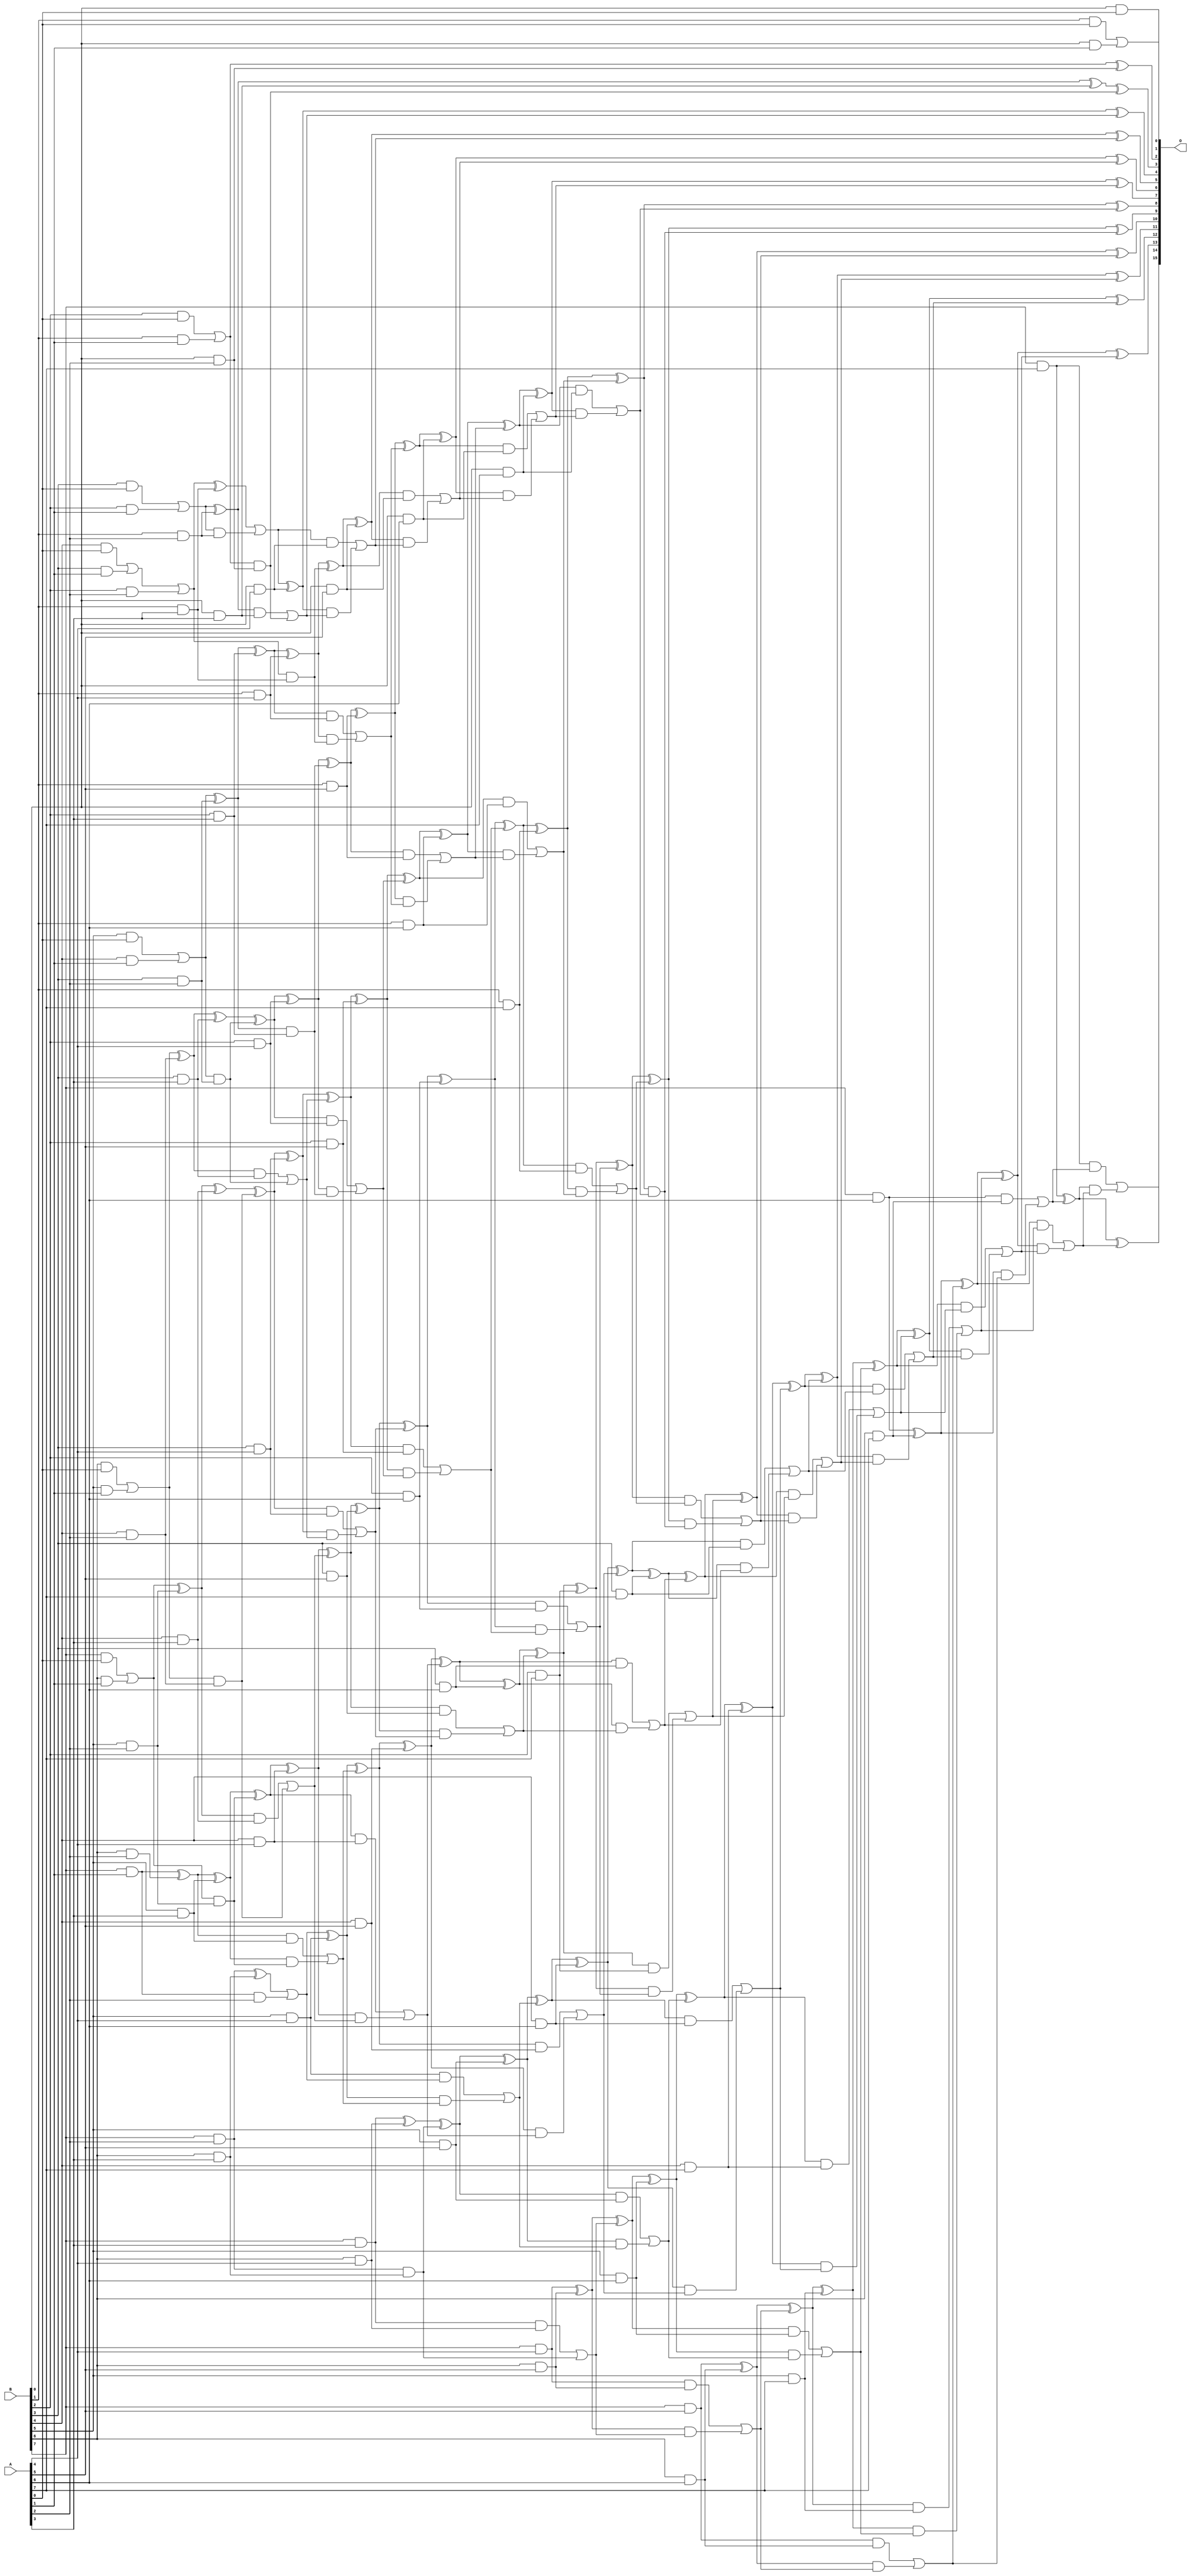
/***
* This code is a part of EvoApproxLib library (ehw.fit.vutbr.cz/approxlib) distributed under The MIT License.
* When used, please cite the following article(s): V. Mrazek, R. Hrbacek, Z. Vasicek and L. Sekanina, "EvoApprox8b: Library of approximate adders and multipliers for circuit design and benchmarking of approximation methods". Design, Automation & Test in Europe Conference & Exhibition (DATE), 2017, Lausanne, 2017, pp. 258-261. doi: 10.23919/DATE.2017.7926993 
* This file contains a circuit from a sub-set of pareto optimal circuits with respect to the pwr and ep parameters
***/
// MAE% = 0.057 %
// MAE = 37 
// WCE% = 1.14 %
// WCE = 748 
// WCRE% = 64.00 %
// EP% = 29.93 %
// MRE% = 0.51 %
// MSE = 12684 
// PDK45_PWR = 0.356 mW
// PDK45_AREA = 632.6 um2
// PDK45_DELAY = 1.38 ns

module mul8u_GS2 (
    A,
    B,
    O
);

input [7:0] A;
input [7:0] B;
output [15:0] O;

wire sig_16,sig_17,sig_18,sig_19,sig_20,sig_21,sig_22,sig_23,sig_24,sig_25,sig_26,sig_27,sig_28,sig_29,sig_30,sig_31,sig_32,sig_34,sig_36,sig_38;
wire sig_40,sig_42,sig_44,sig_46,sig_47,sig_48,sig_49,sig_50,sig_51,sig_52,sig_53,sig_54,sig_55,sig_59,sig_60,sig_64,sig_69,sig_70,sig_74,sig_75;
wire sig_79,sig_80,sig_84,sig_85,sig_89,sig_90,sig_91,sig_92,sig_93,sig_94,sig_95,sig_96,sig_97,sig_98,sig_100,sig_101,sig_102,sig_103,sig_105,sig_107;
wire sig_108,sig_112,sig_113,sig_115,sig_116,sig_117,sig_118,sig_120,sig_121,sig_122,sig_123,sig_124,sig_125,sig_126,sig_127,sig_128,sig_130,sig_132,sig_133,sig_134;
wire sig_135,sig_136,sig_137,sig_138,sig_139,sig_140,sig_141,sig_142,sig_143,sig_144,sig_145,sig_146,sig_147,sig_148,sig_149,sig_150,sig_151,sig_152,sig_153,sig_154;
wire sig_155,sig_156,sig_157,sig_158,sig_159,sig_160,sig_161,sig_162,sig_163,sig_164,sig_165,sig_166,sig_167,sig_168,sig_169,sig_170,sig_171,sig_173,sig_174,sig_175;
wire sig_176,sig_177,sig_178,sig_179,sig_180,sig_181,sig_182,sig_183,sig_184,sig_185,sig_186,sig_187,sig_188,sig_189,sig_190,sig_191,sig_192,sig_193,sig_194,sig_195;
wire sig_196,sig_197,sig_198,sig_199,sig_200,sig_201,sig_202,sig_203,sig_204,sig_205,sig_206,sig_207,sig_208,sig_209,sig_210,sig_211,sig_212,sig_213,sig_214,sig_215;
wire sig_216,sig_217,sig_218,sig_219,sig_220,sig_221,sig_222,sig_223,sig_224,sig_225,sig_226,sig_227,sig_228,sig_229,sig_230,sig_231,sig_232,sig_233,sig_234,sig_235;
wire sig_236,sig_237,sig_238,sig_239,sig_240,sig_241,sig_242,sig_243,sig_244,sig_245,sig_246,sig_247,sig_248,sig_249,sig_250,sig_251,sig_252,sig_253,sig_254,sig_255;
wire sig_256,sig_257,sig_258,sig_259,sig_260,sig_261,sig_262,sig_263,sig_264,sig_265,sig_266,sig_267,sig_268,sig_269,sig_270,sig_271,sig_272,sig_273,sig_274,sig_275;
wire sig_276,sig_277,sig_278,sig_279,sig_280,sig_281,sig_282,sig_283,sig_284,sig_285,sig_286,sig_287,sig_288,sig_289,sig_290,sig_291,sig_292,sig_293,sig_294,sig_295;
wire sig_296,sig_297,sig_298,sig_299,sig_300,sig_301,sig_302,sig_303,sig_304,sig_305,sig_306,sig_307,sig_308,sig_309,sig_310,sig_311,sig_312,sig_313,sig_314,sig_315;
wire sig_316,sig_317,sig_318,sig_319,sig_320,sig_321,sig_322,sig_323,sig_324,sig_325,sig_326,sig_327,sig_328,sig_329,sig_330,sig_331,sig_332,sig_333,sig_334,sig_335;

assign sig_16 = B[0] & A[0];
assign sig_17 = B[1] & A[0];
assign sig_18 = B[2] & A[0];
assign sig_19 = B[3] & A[0];
assign sig_20 = B[4] & A[0];
assign sig_21 = B[5] & A[0];
assign sig_22 = B[6] & A[0];
assign sig_23 = B[7] & A[0];
assign sig_24 = B[0] & A[1];
assign sig_25 = B[1] & A[1];
assign sig_26 = B[2] & A[1];
assign sig_27 = B[3] & A[1];
assign sig_28 = B[4] & A[1];
assign sig_29 = B[5] & A[1];
assign sig_30 = B[6] & A[1];
assign sig_31 = B[7] & A[1];
assign sig_32 = sig_17 | sig_24;
assign sig_34 = sig_18 | sig_25;
assign sig_36 = sig_19 | sig_26;
assign sig_38 = sig_20 | sig_27;
assign sig_40 = sig_21 | sig_28;
assign sig_42 = sig_22 | sig_29;
assign sig_44 = sig_23 | sig_30;
assign sig_46 = B[0] & A[2];
assign sig_47 = B[1] & A[2];
assign sig_48 = B[2] & A[2];
assign sig_49 = B[3] & A[2];
assign sig_50 = B[4] & A[2];
assign sig_51 = B[5] & A[2];
assign sig_52 = B[6] & A[2];
assign sig_53 = B[7] & A[2];
assign sig_54 = sig_34 ^ sig_46;
assign sig_55 = sig_34 & sig_46;
assign sig_59 = sig_36 ^ sig_47;
assign sig_60 = sig_36 & sig_47;
assign sig_64 = sig_38 | sig_48;
assign sig_69 = sig_40 ^ sig_49;
assign sig_70 = sig_40 & sig_49;
assign sig_74 = sig_42 ^ sig_50;
assign sig_75 = sig_42 & sig_50;
assign sig_79 = sig_44 ^ sig_51;
assign sig_80 = sig_44 & sig_51;
assign sig_84 = sig_31 ^ sig_52;
assign sig_85 = sig_31 & A[2];
assign sig_89 = B[0] & A[3];
assign sig_90 = B[1] & A[3];
assign sig_91 = B[2] & A[3];
assign sig_92 = B[3] & A[3];
assign sig_93 = B[4] & A[3];
assign sig_94 = B[5] & A[3];
assign sig_95 = B[6] & A[3];
assign sig_96 = B[7] & A[3];
assign sig_97 = sig_59 ^ sig_89;
assign sig_98 = sig_59 & sig_89;
assign sig_100 = sig_97 ^ sig_55;
assign sig_101 = sig_98 | sig_55;
assign sig_102 = sig_64 ^ sig_90;
assign sig_103 = sig_64 & sig_90;
assign sig_105 = sig_102 | sig_60;
assign sig_107 = sig_69 ^ sig_91;
assign sig_108 = sig_69 & sig_91;
assign sig_112 = sig_74 ^ sig_92;
assign sig_113 = sig_74 & sig_92;
assign sig_115 = sig_112 ^ sig_70;
assign sig_116 = sig_113 | sig_70;
assign sig_117 = sig_79 ^ sig_93;
assign sig_118 = sig_79 & sig_93;
assign sig_120 = sig_117 ^ sig_75;
assign sig_121 = sig_118 | sig_75;
assign sig_122 = sig_84 ^ sig_94;
assign sig_123 = sig_84 & sig_94;
assign sig_124 = sig_122 & sig_80;
assign sig_125 = sig_122 ^ sig_80;
assign sig_126 = sig_123 | sig_124;
assign sig_127 = sig_53 ^ sig_95;
assign sig_128 = sig_53 & sig_95;
assign sig_130 = sig_127 | sig_85;
assign sig_132 = B[0] & A[4];
assign sig_133 = B[1] & A[4];
assign sig_134 = B[2] & A[4];
assign sig_135 = B[3] & A[4];
assign sig_136 = B[4] & A[4];
assign sig_137 = B[5] & A[4];
assign sig_138 = B[6] & A[4];
assign sig_139 = B[7] & A[4];
assign sig_140 = sig_105 ^ sig_132;
assign sig_141 = sig_105 & sig_132;
assign sig_142 = sig_140 & sig_101;
assign sig_143 = sig_140 ^ sig_101;
assign sig_144 = sig_141 | sig_142;
assign sig_145 = sig_107 ^ sig_133;
assign sig_146 = sig_107 & sig_133;
assign sig_147 = sig_145 & sig_103;
assign sig_148 = sig_145 ^ sig_103;
assign sig_149 = sig_146 | sig_147;
assign sig_150 = sig_115 ^ sig_134;
assign sig_151 = sig_115 & sig_134;
assign sig_152 = sig_150 & sig_108;
assign sig_153 = sig_150 ^ sig_108;
assign sig_154 = sig_151 | sig_152;
assign sig_155 = sig_120 ^ sig_135;
assign sig_156 = sig_120 & sig_135;
assign sig_157 = sig_155 & sig_116;
assign sig_158 = sig_155 ^ sig_116;
assign sig_159 = sig_156 | sig_157;
assign sig_160 = sig_125 ^ sig_136;
assign sig_161 = sig_125 & sig_136;
assign sig_162 = sig_160 & sig_121;
assign sig_163 = sig_160 ^ sig_121;
assign sig_164 = sig_161 | sig_162;
assign sig_165 = sig_130 ^ sig_137;
assign sig_166 = sig_137 & sig_130;
assign sig_167 = sig_165 & sig_126;
assign sig_168 = sig_165 ^ sig_126;
assign sig_169 = sig_166 | sig_167;
assign sig_170 = sig_96 ^ sig_138;
assign sig_171 = sig_96 & sig_138;
assign sig_173 = sig_170 ^ sig_128;
assign sig_174 = sig_171 | sig_128;
assign sig_175 = B[0] & A[5];
assign sig_176 = B[1] & A[5];
assign sig_177 = B[2] & A[5];
assign sig_178 = B[3] & A[5];
assign sig_179 = B[4] & A[5];
assign sig_180 = B[5] & A[5];
assign sig_181 = B[6] & A[5];
assign sig_182 = B[7] & A[5];
assign sig_183 = sig_148 ^ sig_175;
assign sig_184 = sig_148 & sig_175;
assign sig_185 = sig_183 & sig_144;
assign sig_186 = sig_183 ^ sig_144;
assign sig_187 = sig_184 | sig_185;
assign sig_188 = sig_153 ^ sig_176;
assign sig_189 = sig_153 & sig_176;
assign sig_190 = sig_188 & sig_149;
assign sig_191 = sig_188 ^ sig_149;
assign sig_192 = sig_189 | sig_190;
assign sig_193 = sig_158 ^ sig_177;
assign sig_194 = sig_158 & sig_177;
assign sig_195 = sig_193 & sig_154;
assign sig_196 = sig_193 ^ sig_154;
assign sig_197 = sig_194 | sig_195;
assign sig_198 = sig_163 ^ sig_178;
assign sig_199 = sig_163 & sig_178;
assign sig_200 = sig_198 & sig_159;
assign sig_201 = sig_198 ^ sig_159;
assign sig_202 = sig_199 | sig_200;
assign sig_203 = sig_168 ^ sig_179;
assign sig_204 = sig_168 & sig_179;
assign sig_205 = sig_203 & sig_164;
assign sig_206 = sig_203 ^ sig_164;
assign sig_207 = sig_204 | sig_205;
assign sig_208 = sig_173 ^ sig_180;
assign sig_209 = sig_173 & sig_180;
assign sig_210 = sig_208 & sig_169;
assign sig_211 = sig_208 ^ sig_169;
assign sig_212 = sig_209 | sig_210;
assign sig_213 = sig_139 ^ sig_181;
assign sig_214 = sig_139 & sig_181;
assign sig_215 = sig_213 & sig_174;
assign sig_216 = sig_213 ^ sig_174;
assign sig_217 = sig_214 | sig_215;
assign sig_218 = B[0] & A[6];
assign sig_219 = B[1] & A[6];
assign sig_220 = B[2] & A[6];
assign sig_221 = B[3] & A[6];
assign sig_222 = B[4] & A[6];
assign sig_223 = B[5] & A[6];
assign sig_224 = B[6] & A[6];
assign sig_225 = B[7] & A[6];
assign sig_226 = sig_191 ^ sig_218;
assign sig_227 = sig_191 & sig_218;
assign sig_228 = sig_226 & sig_187;
assign sig_229 = sig_226 ^ sig_187;
assign sig_230 = sig_227 | sig_228;
assign sig_231 = sig_196 ^ sig_219;
assign sig_232 = sig_196 & sig_219;
assign sig_233 = sig_231 & sig_192;
assign sig_234 = sig_231 ^ sig_192;
assign sig_235 = sig_232 | sig_233;
assign sig_236 = sig_201 ^ sig_220;
assign sig_237 = sig_201 & sig_220;
assign sig_238 = sig_236 & sig_197;
assign sig_239 = sig_236 ^ sig_197;
assign sig_240 = sig_237 | sig_238;
assign sig_241 = sig_206 ^ sig_221;
assign sig_242 = sig_206 & sig_221;
assign sig_243 = sig_241 & sig_202;
assign sig_244 = sig_241 ^ sig_202;
assign sig_245 = sig_242 | sig_243;
assign sig_246 = sig_211 ^ sig_222;
assign sig_247 = sig_211 & sig_222;
assign sig_248 = sig_246 & sig_207;
assign sig_249 = sig_246 ^ sig_207;
assign sig_250 = sig_247 | sig_248;
assign sig_251 = sig_216 ^ sig_223;
assign sig_252 = sig_216 & sig_223;
assign sig_253 = sig_251 & sig_212;
assign sig_254 = sig_251 ^ sig_212;
assign sig_255 = sig_252 | sig_253;
assign sig_256 = sig_182 ^ sig_224;
assign sig_257 = sig_182 & sig_224;
assign sig_258 = sig_256 & sig_217;
assign sig_259 = sig_256 ^ sig_217;
assign sig_260 = sig_257 | sig_258;
assign sig_261 = B[0] & A[7];
assign sig_262 = B[1] & A[7];
assign sig_263 = B[2] & A[7];
assign sig_264 = B[3] & A[7];
assign sig_265 = B[4] & A[7];
assign sig_266 = B[5] & A[7];
assign sig_267 = B[6] & A[7];
assign sig_268 = B[7] & A[7];
assign sig_269 = sig_234 ^ sig_261;
assign sig_270 = sig_234 & sig_261;
assign sig_271 = sig_269 & sig_230;
assign sig_272 = sig_269 ^ sig_230;
assign sig_273 = sig_270 | sig_271;
assign sig_274 = sig_239 ^ sig_262;
assign sig_275 = sig_239 & sig_262;
assign sig_276 = sig_274 & sig_235;
assign sig_277 = sig_274 ^ sig_235;
assign sig_278 = sig_275 | sig_276;
assign sig_279 = sig_244 ^ sig_263;
assign sig_280 = sig_244 & sig_263;
assign sig_281 = sig_279 & sig_240;
assign sig_282 = sig_279 ^ sig_240;
assign sig_283 = sig_280 | sig_281;
assign sig_284 = sig_249 ^ sig_264;
assign sig_285 = sig_249 & sig_264;
assign sig_286 = sig_284 & sig_245;
assign sig_287 = sig_284 ^ sig_245;
assign sig_288 = sig_285 | sig_286;
assign sig_289 = sig_254 ^ sig_265;
assign sig_290 = sig_254 & sig_265;
assign sig_291 = sig_289 & sig_250;
assign sig_292 = sig_289 ^ sig_250;
assign sig_293 = sig_290 | sig_291;
assign sig_294 = sig_259 ^ sig_266;
assign sig_295 = sig_259 & sig_266;
assign sig_296 = sig_294 & sig_255;
assign sig_297 = sig_294 ^ sig_255;
assign sig_298 = sig_295 | sig_296;
assign sig_299 = sig_225 ^ sig_267;
assign sig_300 = sig_225 & sig_267;
assign sig_301 = sig_299 & sig_260;
assign sig_302 = sig_299 ^ sig_260;
assign sig_303 = sig_300 | sig_301;
assign sig_304 = sig_277 ^ sig_273;
assign sig_305 = sig_277 & sig_273;
assign sig_306 = sig_282 ^ sig_278;
assign sig_307 = sig_282 & sig_278;
assign sig_308 = sig_306 & sig_305;
assign sig_309 = sig_306 ^ sig_305;
assign sig_310 = sig_307 | sig_308;
assign sig_311 = sig_287 ^ sig_283;
assign sig_312 = sig_287 & sig_283;
assign sig_313 = sig_311 & sig_310;
assign sig_314 = sig_311 ^ sig_310;
assign sig_315 = sig_312 | sig_313;
assign sig_316 = sig_292 ^ sig_288;
assign sig_317 = sig_292 & sig_288;
assign sig_318 = sig_316 & sig_315;
assign sig_319 = sig_316 ^ sig_315;
assign sig_320 = sig_317 | sig_318;
assign sig_321 = sig_297 ^ sig_293;
assign sig_322 = sig_297 & sig_293;
assign sig_323 = sig_321 & sig_320;
assign sig_324 = sig_321 ^ sig_320;
assign sig_325 = sig_322 | sig_323;
assign sig_326 = sig_302 ^ sig_298;
assign sig_327 = sig_302 & sig_298;
assign sig_328 = sig_326 & sig_325;
assign sig_329 = sig_326 ^ sig_325;
assign sig_330 = sig_327 | sig_328;
assign sig_331 = sig_268 ^ sig_303;
assign sig_332 = sig_268 & sig_303;
assign sig_333 = sig_331 & sig_330;
assign sig_334 = sig_331 ^ sig_330;
assign sig_335 = sig_332 | sig_333;

assign O[15] = sig_335;
assign O[14] = sig_334;
assign O[13] = sig_329;
assign O[12] = sig_324;
assign O[11] = sig_319;
assign O[10] = sig_314;
assign O[9] = sig_309;
assign O[8] = sig_304;
assign O[7] = sig_272;
assign O[6] = sig_229;
assign O[5] = sig_186;
assign O[4] = sig_143;
assign O[3] = sig_100;
assign O[2] = sig_54;
assign O[1] = sig_32;
assign O[0] = sig_16;

endmodule